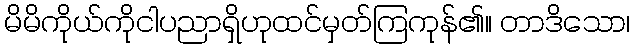
မိမိကိုယ်ကိုငါပညာရှိဟုထင်မှတ်ကြကုန်၏။ တာဒိသော၊